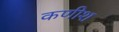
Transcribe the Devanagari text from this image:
कणीश